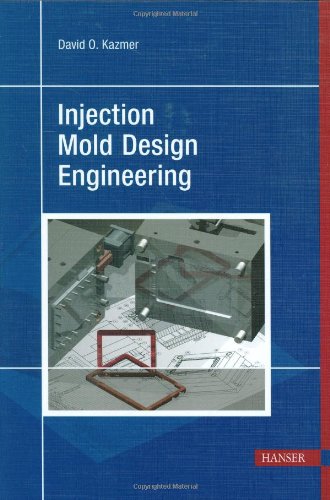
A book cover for Injection Mold Design Engineering; David Kazmer; Engineering & Transportation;